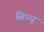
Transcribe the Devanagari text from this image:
सिध्धू